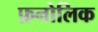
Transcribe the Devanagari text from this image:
फ़नोलिक